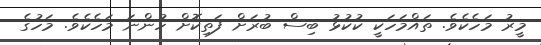
މީރު މަހެކެވެ. ތައްމަހަކީ ކުކުޅު ބިސް ބުރަށް ފަތިކޮށް ހުންނަ މަހެކެވެ. މަހުގެ